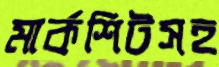
মার্কশিটসহ